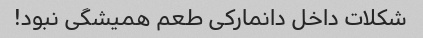
شکلات داخل دانمارکی طعم همیشگی نبود!